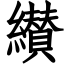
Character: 纉